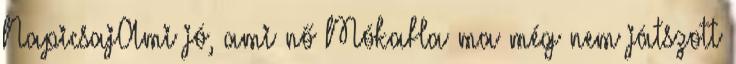
NapicsajAmi jó, ami nő MókaHa ma még nem játszott